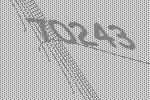
70243